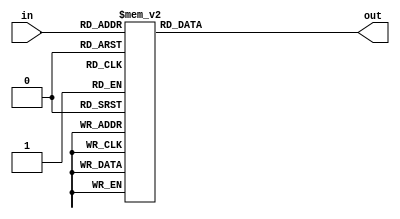
`timescale 1ns / 1ps
//////////////////////////////////////////////////////////////////////////////////
// Module Name:    add3
//////////////////////////////////////////////////////////////////////////////////
module add3(
	in,
	out
);
	
	// Defs
	input [3:0] in;
	output [3:0] out;
	reg [3:0] out;

	// Converter
	always @ (in)
		case (in)
			4'b0000: out <= 4'b0000;
			4'b0001: out <= 4'b0001;
			4'b0010: out <= 4'b0010;
			4'b0011: out <= 4'b0011;
			4'b0100: out <= 4'b0100;
			4'b0101: out <= 4'b1000;
			4'b0110: out <= 4'b1001;
			4'b0111: out <= 4'b1010;
			4'b1000: out <= 4'b1011;
			4'b1001: out <= 4'b1100;
			default: out <= 4'b0000;
		endcase
		
endmodule